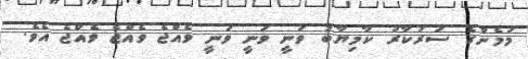
މަމެންގެ ސަރުކާރު ކާމިޔާބު ވަނީ ވަނީ ވަނީ ވެއްޖެ ވެއްޖެ ވެއްޖެ އެވެ.